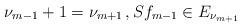
LaTeX: \begin{align*} \nu_{m-1}+1=\nu_{m+1}\,, Sf_{m-1}\in E_{\nu_{m+1}} \end{align*}